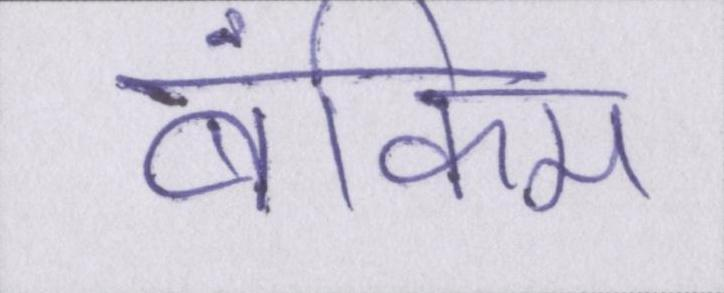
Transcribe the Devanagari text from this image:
बंकिम